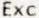
EXC